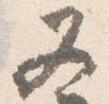
又